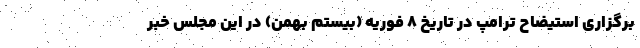
برگزاری استیضاح ترامپ در تاریخ ۸ فوریه (بیستم بهمن) در این مجلس خبر